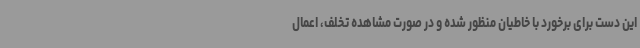
این دست برای برخورد با خاطیان منظور شده و در صورت مشاهده تخلف، اعمال